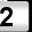
Digit: 2